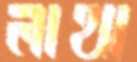
লাথা